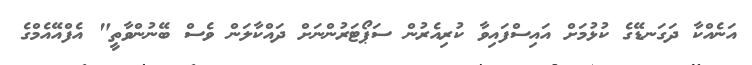
އަނެއްކާ ދަގަނޑޭގެ ކުޅުމަށް އައިސްފައިވާ ކުރިއެރުން ސަޕޯޓަރުންނަށް ދައްކާލަން ވެސް ބޭނުންވާތީ" އެފްއޭއެމްގެ